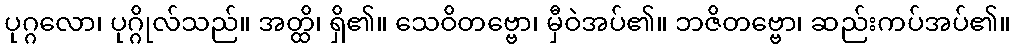
ပုဂ္ဂလော၊ ပုဂ္ဂိုလ်သည်။ အတ္ထိ၊ ရှိ၏။ သေဝိတဗ္ဗော၊ မှီဝဲအပ်၏။ ဘဇိတဗ္ဗော၊ ဆည်းကပ်အပ်၏။